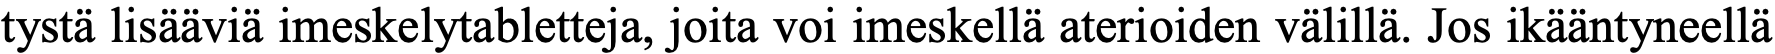
tystä lisääviä imeskelytabletteja, joita voi imeskellä aterioiden välillä. Jos ikääntyneellä